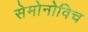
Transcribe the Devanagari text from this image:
सेमोनोविच